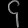
Digit: ၄